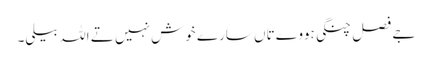
جے فصل چنگی ہووے تاں سارے خوش نہیں تے اللہ بیلی۔